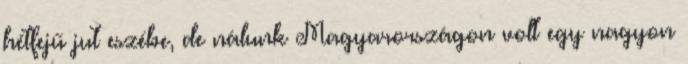
hétfejű jut eszébe, de nálunk Magyarországon volt egy nagyon